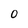
Character: 0